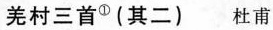
羌村三首①(其二) 杜甫